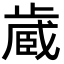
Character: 𪴼